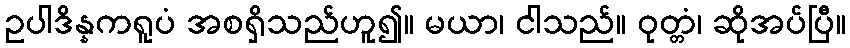
ဥပါဒိန္နကရူပံ အစရှိသည်ဟူ၍။ မယာ၊ ငါသည်။ ဝုတ္တံ၊ ဆိုအပ်ပြီ။